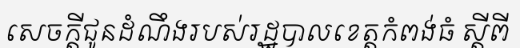
សេចក្តីជូនដំណឹងរបស់រដ្ឋបាលខេត្តកំពង់ធំ ស្តីពី